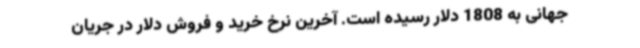
جهانی به 1808 دلار رسیده است. آخرین نرخ خرید و فروش دلار در جریان